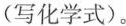
(写化学式)。